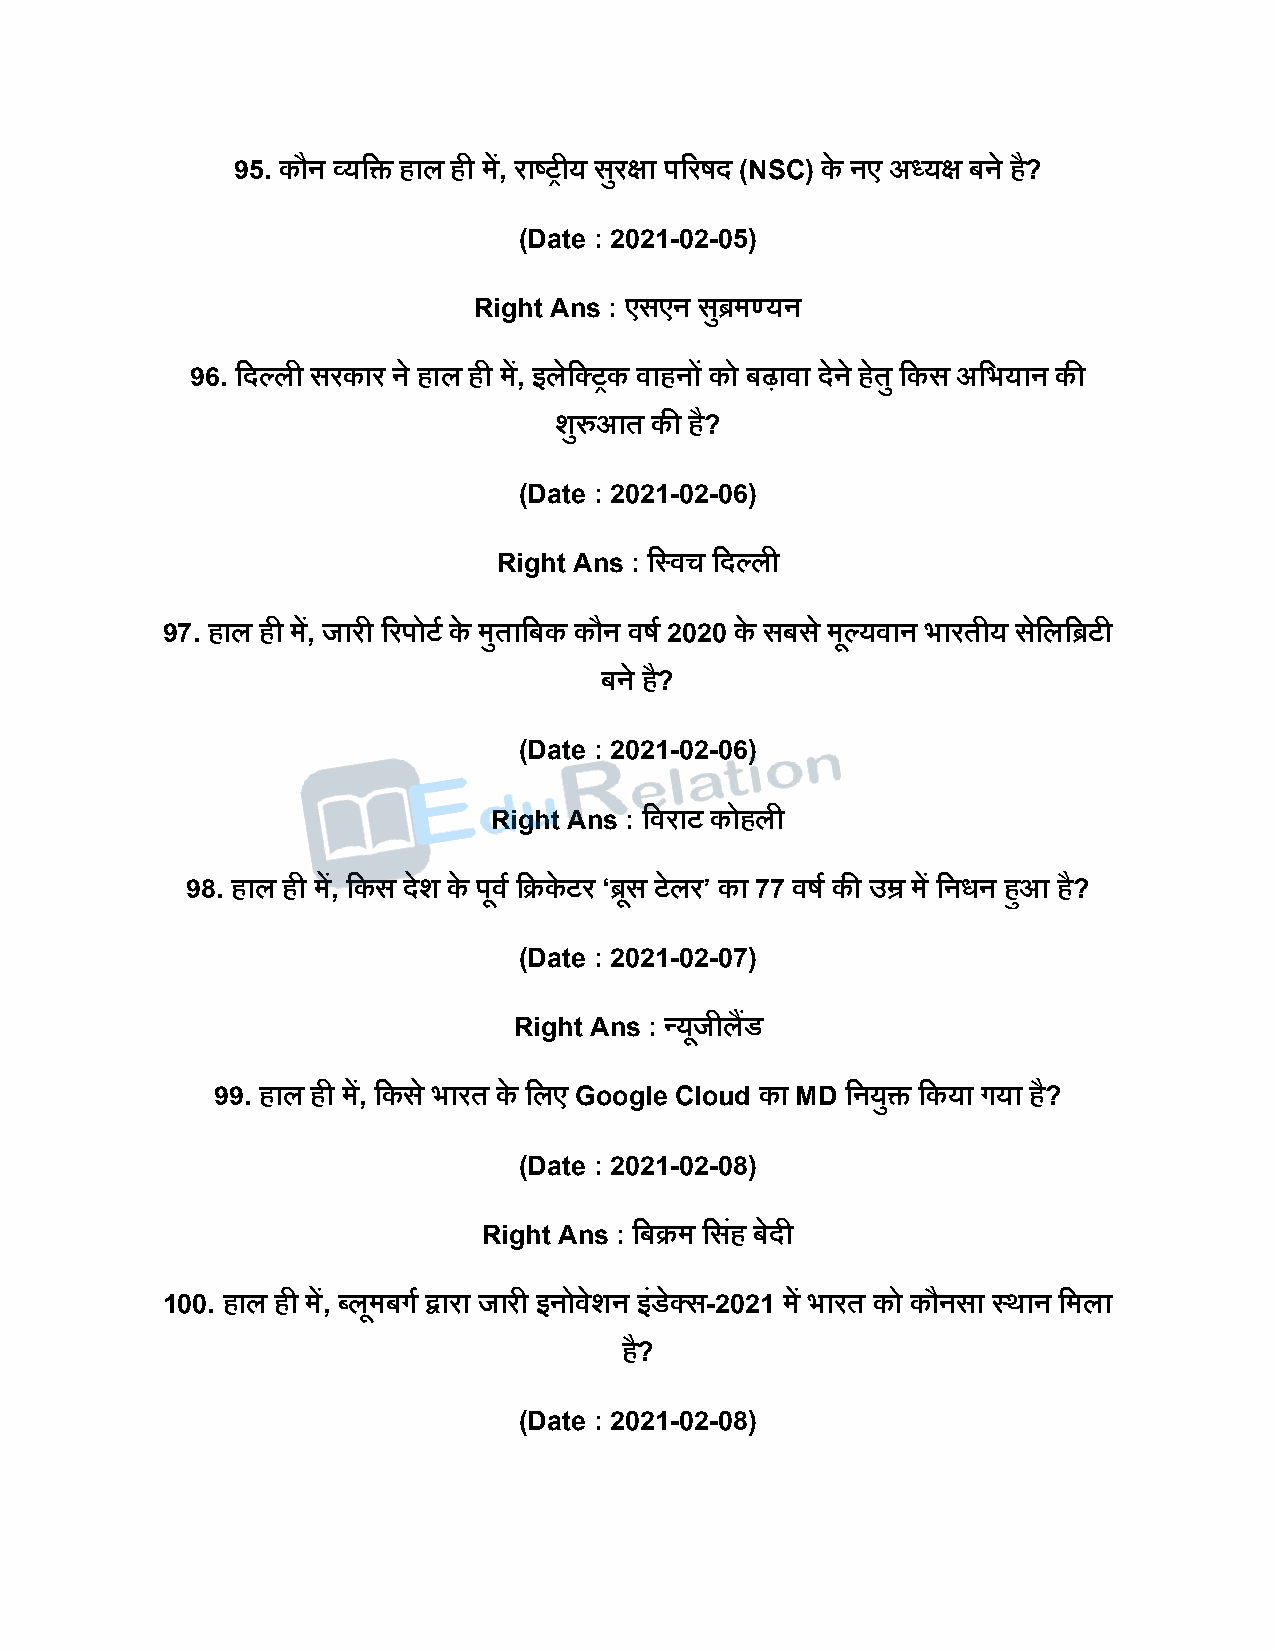
95. कौन व्यदि हाल ही में, राष्ट्रीय सरु क्षा िररर्ि (NSC) के नए अध्यक्ष बने है?
 (Date : 2021-02-05)
 Right Ans : एसएन सिु मण्यन
 96. दिल्ली सरकार ने हाल ही में, इलेदक्रक वाहनों को बढ़ावा िेने हते ु दकस अदभयान की
 शुरुआत की है?
 (Date : 2021-02-06)
 Right Ans : दस्वच दिल्ली
 97. हाल ही में, जारी ररिोटष के मुतादबक कौन वर्ष 2020 के सबस े मूल्यवान भारतीय सदे लदिटी
 बने है?
 (Date : 2021-02-06)
 Right Ans : दवराट कोहली
 98. हाल ही में, दकस िेश के िूवष दक्रके टर ‘िूस टेलर’ का 77 वर्ष की उम्र में दनधन हुआ है?
 (Date : 2021-02-07)
 Right Ans : न्यूजीलडैं
 99. हाल ही में, दकस े भारत के दलए Google Cloud का MD दनयुि दकया गया है?
 (Date : 2021-02-08)
 Right Ans : दबक्रम दसहं बेिी
 100. हाल ही में, ब्लूमबगष द्वारा जारी इनोवेशन इंडेक्स-2021 में भारत को कौनसा स्थान दमला
 है?
 (Date : 2021-02-08)